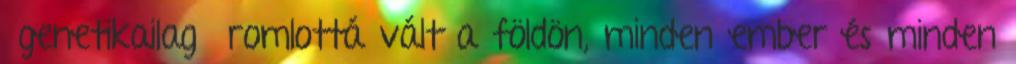
genetikailag romlottá vált a földön, minden ember és minden